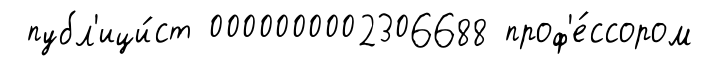
публ'ици́ст 0000000002306688 проф'е́ссором